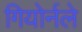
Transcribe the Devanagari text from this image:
गियोर्नले